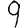
Digit: 9